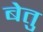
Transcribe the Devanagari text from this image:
बेतु